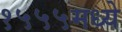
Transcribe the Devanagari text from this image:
१५५५मध्ये